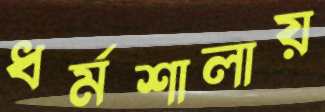
ধর্মশালায়